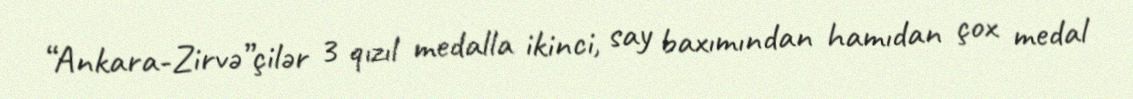
“Ankara-Zirvə”çilər 3 qızıl medalla ikinci, say baxımından hamıdan çox medal